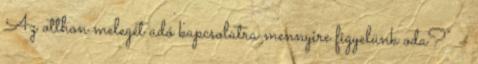
Az otthon melegét adó kapcsolatra mennyire figyelünk oda?" –